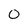
Character: 0